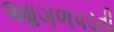
આગળપડતી